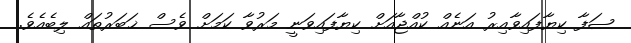
ޞަފާ ކިޔާފައިވާއިރު އަނެއް ކުއްޖާއަށް ކިޔާފައިވަނީ މަރުވާ ކަމަށް ވެސް ޚަބަރުތައް ލިބެއެވެ.